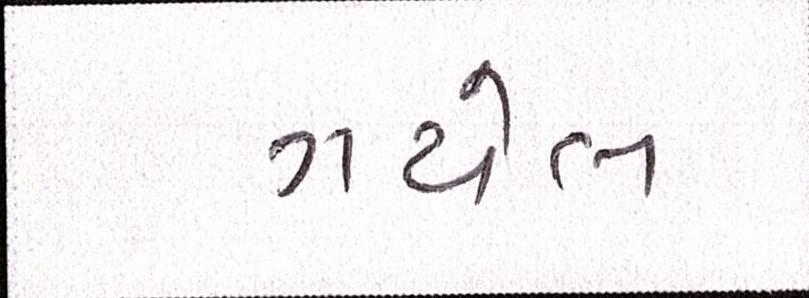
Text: ગયેલ